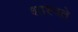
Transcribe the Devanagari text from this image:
शाश्वते